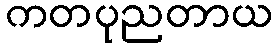
ကတပုညတာယ